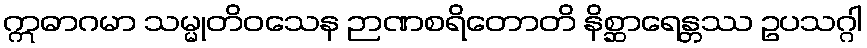
ဣဓာဂမာ သမ္မုတိဝသေန ဉာဏစရိတောတိ နိစ္ဆာရေန္တဿ ဥပသဂ္ဂါ